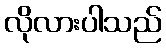
လိုလားပါသည်